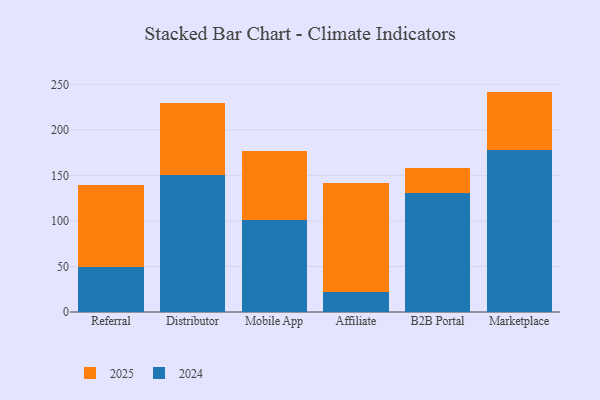
{"axis": {"x": "Channel", "y": "Headcount"}, "legend": ["2024", "2025"], "data": [{"x": "Referral", "y": 89.9, "type": "2025"}, {"x": "Referral", "y": 49.8, "type": "2024"}, {"x": "Distributor", "y": 79.0, "type": "2025"}, {"x": "Distributor", "y": 150.4, "type": "2024"}, {"x": "Mobile App", "y": 75.7, "type": "2025"}, {"x": "Mobile App", "y": 101.5, "type": "2024"}, {"x": "Affiliate", "y": 120.4, "type": "2025"}, {"x": "Affiliate", "y": 21.5, "type": "2024"}, {"x": "B2B Portal", "y": 26.9, "type": "2025"}, {"x": "B2B Portal", "y": 130.7, "type": "2024"}, {"x": "Marketplace", "y": 64.6, "type": "2025"}, {"x": "Marketplace", "y": 177.4, "type": "2024"}]}